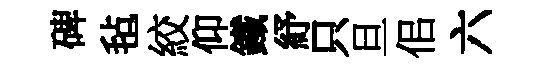
碑毡絞仰鐵紓只旦佀六